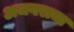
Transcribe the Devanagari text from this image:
अजगराचा